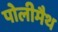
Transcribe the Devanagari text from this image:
पोलीमैथ